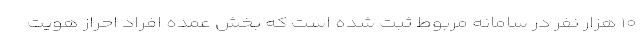
۱۰ هزار نفر در سامانه مربوط ثبت شده است که بخش عمده افراد احراز هویت